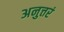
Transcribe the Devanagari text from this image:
अनुत्तरं